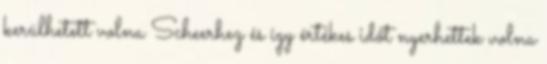
kerülhetett volna Scheerhez és így értékes időt nyerhettek volna